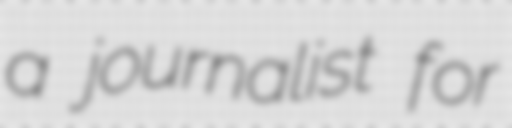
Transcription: a journalist for